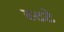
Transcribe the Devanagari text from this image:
स्टटे